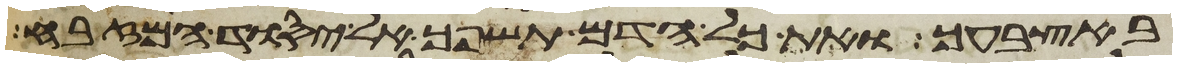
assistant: באצבעך ואת כל הדם תשפך אל יסוד המזבח